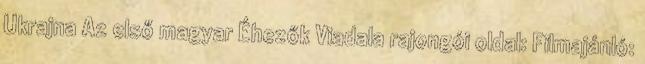
Ukrajna Az első magyar Éhezők Viadala rajongói oldal: Filmajánló: